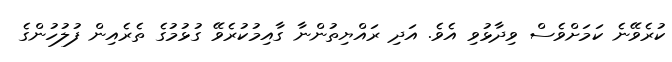
ކުރެވޭނެ ކަމަށްވެސް ވިދާޅުވި އެވެ. އަދި ރައްޔިތުންނާ ގާއިމުކުރެވޭ ގުޅުމުގެ ތެރެއިން ފުލުހުންގެ